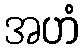
အဟံ